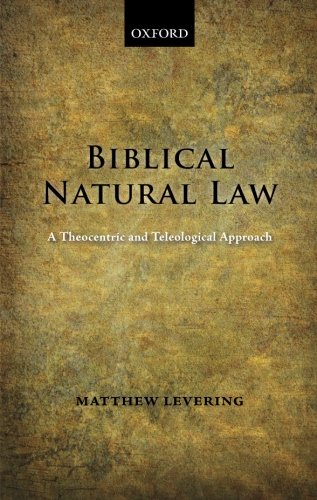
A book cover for Biblical Natural Law: A Theocentric and Teleological Approach; Matthew Levering; Law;